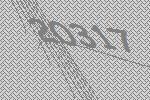
20317